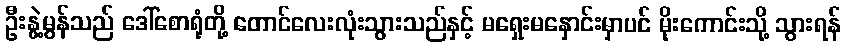
ဦးနွဲ့မွန်သည် ဒေါ်စောရုံတို့ တောင်လေးလုံးသွားသည်နှင့် မရှေးမနှောင်းမှာပင် မိုးကောင်းသို့ သွားရန်